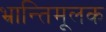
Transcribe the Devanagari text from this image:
भ्रान्तिमूलक